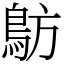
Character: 䲱